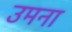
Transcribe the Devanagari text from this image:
उमना